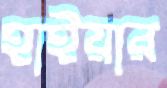
হাইয়ার